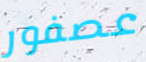
عصفور